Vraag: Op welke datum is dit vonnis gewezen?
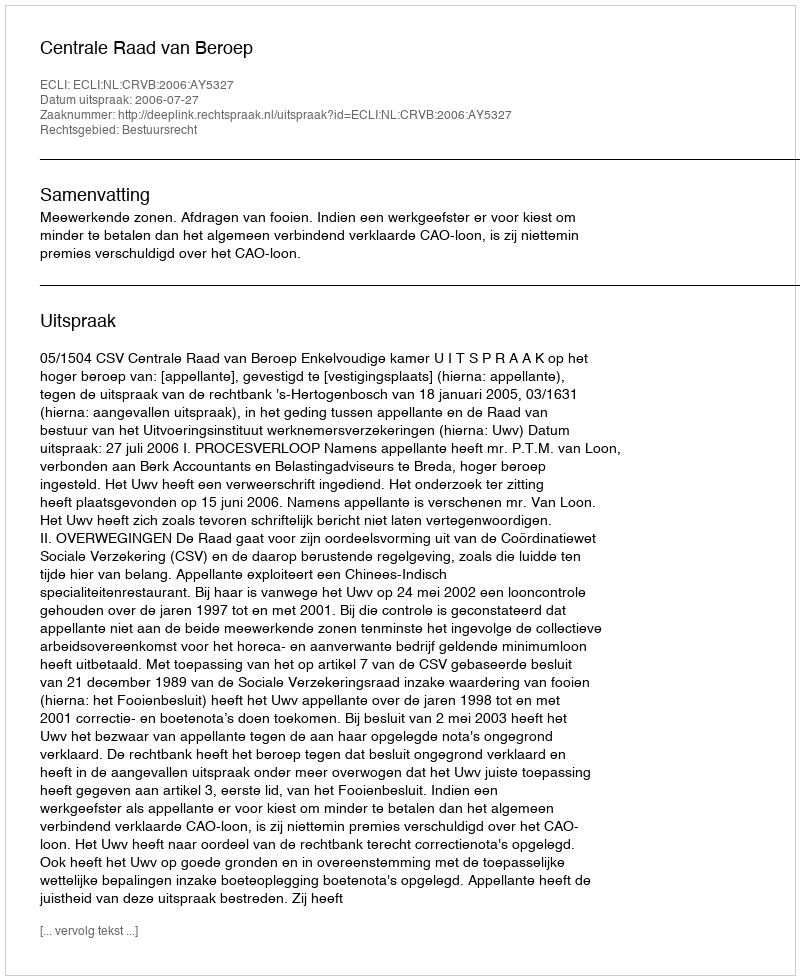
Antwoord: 2006-07-27